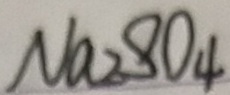
N a _ { 2 } S O _ { 4 }